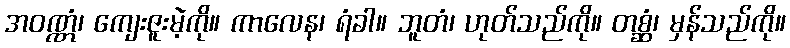
အဝဏ္ဏံ၊ ကျေးဇူးမဲ့ကို။ ကာလေန၊ ရံခါ။ ဘူတံ၊ ဟုတ်သည်ကို။ တစ္ဆံ၊ မှန်သည်ကို။